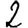
Digit: 2